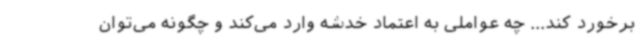
برخورد کند... چه عواملی به اعتماد خدشه وارد می‌کند و چگونه می‌توان